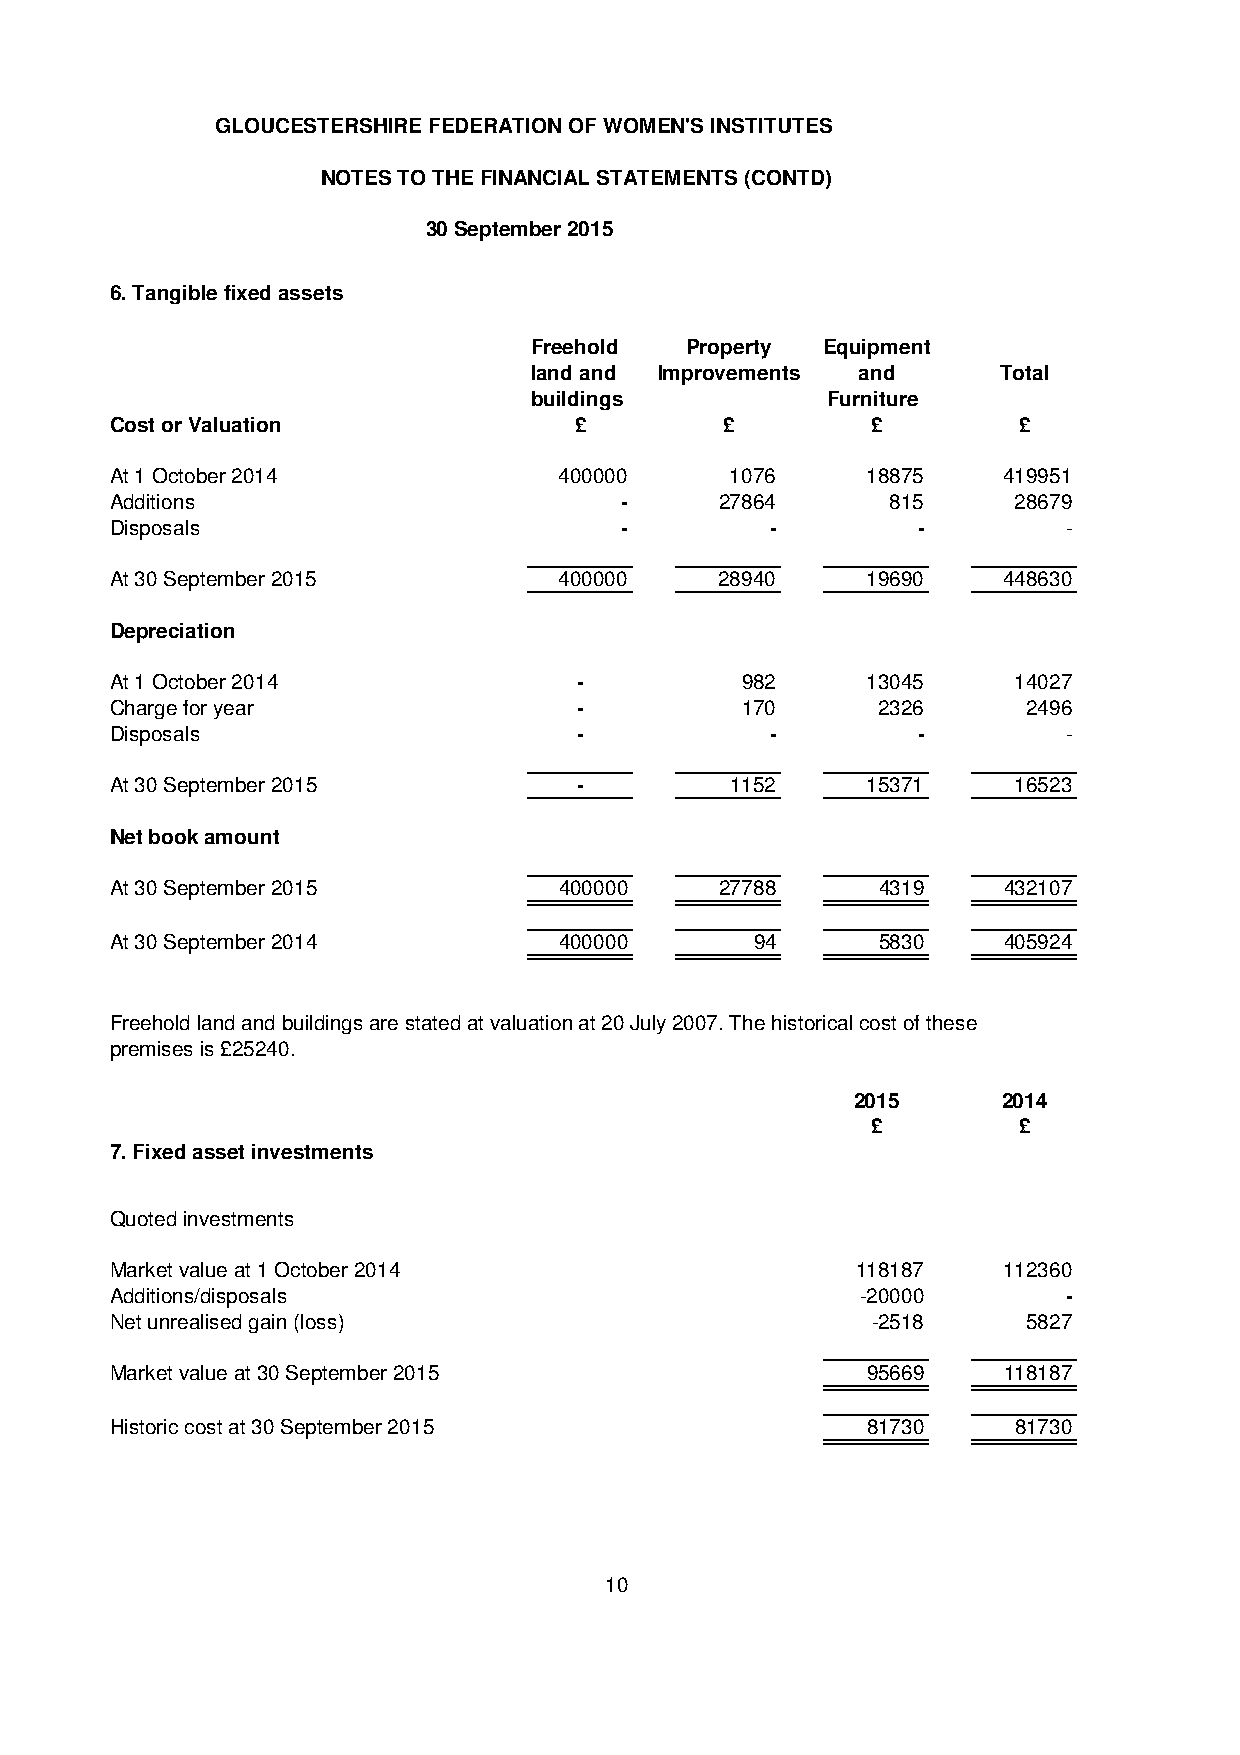
GLOUCESTERSHIRE FEDERATION OF WOMEN'S INSTITUTES
 NOTES TO THE FINANCIAL STATEMENTS (CONTD)
 30 September 2015
 6. Tangible fixed assets
 Freehold  Property Equipment
 land and Improvements and      Total
 buildings           Furniture
 Cost or Valuation              £         £         £        £
 At 1 October 2014             400000     1076     18875    419951
 Additions                         -      27864      815     28679
 Disposals                         -         -         -         -
 At 30 September 2015          400000     28940    19690    448630
 Depreciation
 At 1 October 2014              -          982     13045     14027
 Charge for year                -          170      2326      2496
 Disposals                      -            -         -         -
 At 30 September 2015           -         1152     15371     16523
 Net book amount
 At 30 September 2015          400000     27788     4319    432107
 At 30 September 2014          400000       94      5830    405924
 Freehold land and buildings are stated at valuation at 20 July 2007. The historical cost of these
 premises is £25240.
 2015     2014
 £        £
 7. Fixed asset investments
 Quoted investments
 Market value at 1 October 2014                    118187   112360
 Additions/disposals                               -20000        -
 Net unrealised gain (loss)                         -2518     5827
 Market value at 30 September 2015                 95669    118187
 Historic cost at 30 September 2015                81730     81730
 10